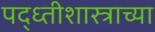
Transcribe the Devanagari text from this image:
पद्ध्तीशास्त्राच्या